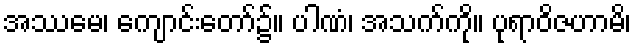
အဿမေ၊ ကျောင်းတော်၌။ ပါဏံ၊ အသက်ကို။ ပုရာဝိဇဟာမိ၊